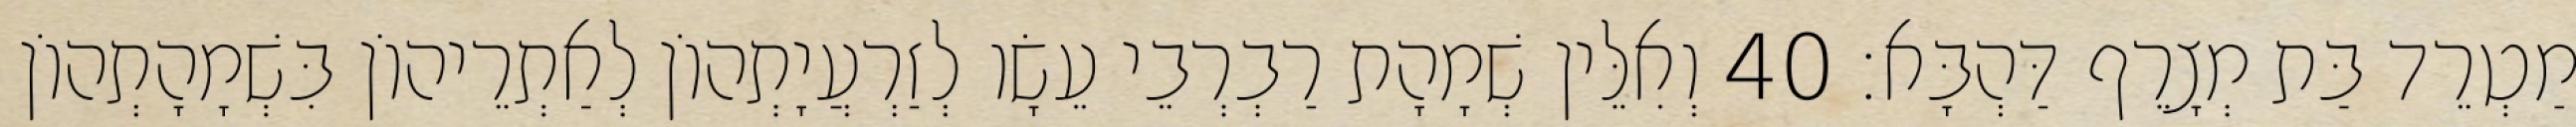
מַטְרֵד בַּת מְצָרֵף דַּהְבָּא׃ 40 וְאִלֵּין שְׁמָהָת רַבְרְבֵי עֵשָׂו לְזַרְעֲיָתְהוֹן לְאַתְרֵיהוֹן בִּשְׁמָהָתְהוֹן